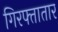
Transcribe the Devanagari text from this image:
गिरफ्तातार